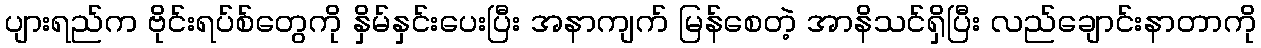
ပျားရည်က ဗိုင်းရပ်စ်တွေကို နှိမ်နှင်းပေးပြီး အနာကျက် မြန်စေတဲ့ အာနိသင်ရှိပြီး လည်ချောင်းနာတာကို